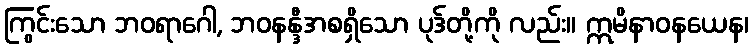
ကြွင်းသော ဘဝရာဂေါ, ဘဝနန္ဒီအစရှိသော ပုဒ်တို့ကို လည်း။ ဣမိနာဝနယေန၊